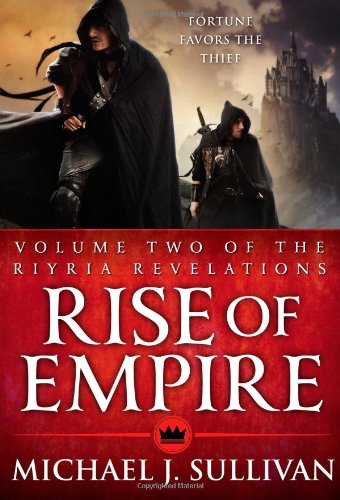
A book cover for Rise of Empire, Vol. 2 (Riyria Revelations); Michael J. Sullivan; Science Fiction & Fantasy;